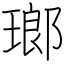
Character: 瑯